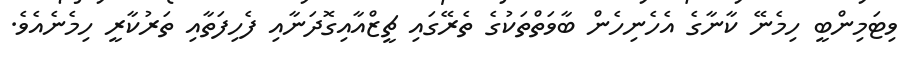
ވިޓަމިންބީ ހިމެނޭ ކާނާގެ އެހެނިހެން ބާވަތްތަކުގެ ތެރޭގައި ޗީޒްއާއިގޮދަނާއި ފެހިފަތާއި ތަރުކާރީ ހިމެނެއެވެ.